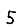
Digit: 5